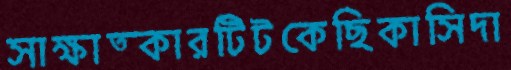
সাক্ষাত্কারটিটকেছিকাসিদা